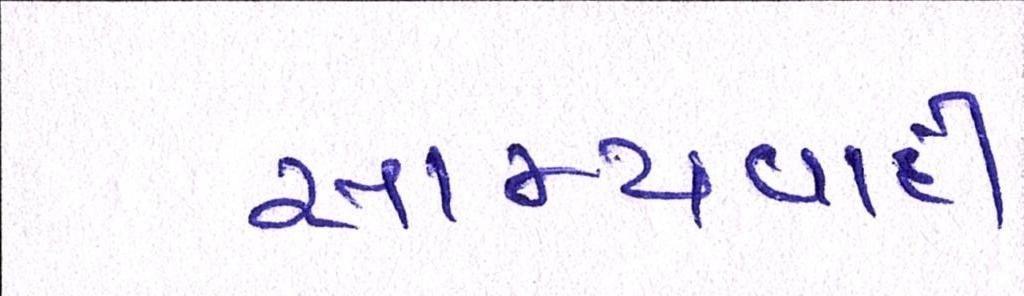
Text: સામ્યવાદી